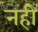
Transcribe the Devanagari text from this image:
नहीें